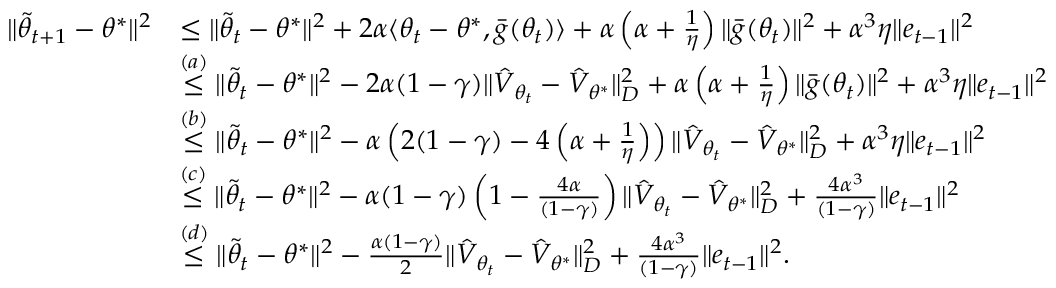
\begin{array} { r l } { \Vert \tilde { \theta } _ { t + 1 } - \theta ^ { * } \Vert ^ { 2 } } & { \leq \Vert \tilde { \theta } _ { t } - \theta ^ { * } \Vert ^ { 2 } + 2 \alpha \langle { \theta } _ { t } - \theta ^ { * } , \bar { g } ( \theta _ { t } ) \rangle + \alpha \left( \alpha + \frac { 1 } { \eta } \right) \Vert \bar { g } ( \theta _ { t } ) \Vert ^ { 2 } + \alpha ^ { 3 } \eta \Vert e _ { t - 1 } \Vert ^ { 2 } } \\ & { \overset { ( a ) } \leq \Vert \tilde { \theta } _ { t } - \theta ^ { * } \Vert ^ { 2 } - 2 \alpha ( 1 - \gamma ) \Vert \hat { V } _ { \theta _ { t } } - \hat { V } _ { \theta ^ { * } } \Vert _ { D } ^ { 2 } + \alpha \left( \alpha + \frac { 1 } { \eta } \right) \Vert \bar { g } ( \theta _ { t } ) \Vert ^ { 2 } + \alpha ^ { 3 } \eta \Vert e _ { t - 1 } \Vert ^ { 2 } } \\ & { \overset { ( b ) } \leq \Vert \tilde { \theta } _ { t } - \theta ^ { * } \Vert ^ { 2 } - \alpha \left( 2 ( 1 - \gamma ) - 4 \left( \alpha + \frac { 1 } { \eta } \right) \right) \Vert \hat { V } _ { { \theta } _ { t } } - \hat { V } _ { \theta ^ { * } } \Vert _ { D } ^ { 2 } + \alpha ^ { 3 } \eta \Vert e _ { t - 1 } \Vert ^ { 2 } } \\ & { \overset { ( c ) } \leq \Vert \tilde { \theta } _ { t } - \theta ^ { * } \Vert ^ { 2 } - \alpha ( 1 - \gamma ) \left( 1 - \frac { 4 \alpha } { ( 1 - \gamma ) } \right) \Vert \hat { V } _ { { \theta } _ { t } } - \hat { V } _ { \theta ^ { * } } \Vert _ { D } ^ { 2 } + \frac { 4 \alpha ^ { 3 } } { ( 1 - \gamma ) } \Vert e _ { t - 1 } \Vert ^ { 2 } } \\ & { \overset { ( d ) } \leq \Vert \tilde { \theta } _ { t } - \theta ^ { * } \Vert ^ { 2 } - \frac { \alpha ( 1 - \gamma ) } { 2 } \Vert \hat { V } _ { { \theta } _ { t } } - \hat { V } _ { \theta ^ { * } } \Vert _ { D } ^ { 2 } + \frac { 4 \alpha ^ { 3 } } { ( 1 - \gamma ) } \Vert e _ { t - 1 } \Vert ^ { 2 } . } \end{array}